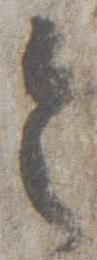
令